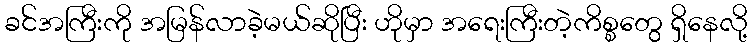
ခင်အကြီးကို အမြန်လာခဲ့မယ်ဆိုပြီး ဟိုမှာ အရေးကြီးတဲ့ကိစ္စတွေ ရှိနေလို့